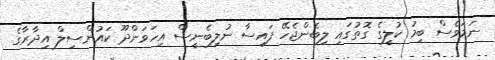
ނަމަވެސް ބިމު ކުލީގެ ގޮތުގައި ލިބެންޖެހޭ ފައިސާ ނުލިބެނީސް އިހަވަންދޫ ކައުންސިލް އިދާރާގެ